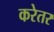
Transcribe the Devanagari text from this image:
करेतर